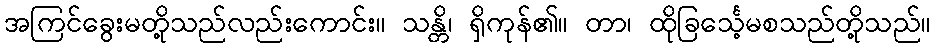
အကြင်ခွေးမတို့သည်လည်းကောင်း။ သန္တိ၊ ရှိကုန်၏။ တာ၊ ထိုခြင်္သေ့မစသည်တို့သည်။